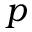
p